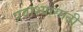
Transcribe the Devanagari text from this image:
प्रवाश्यासाठी